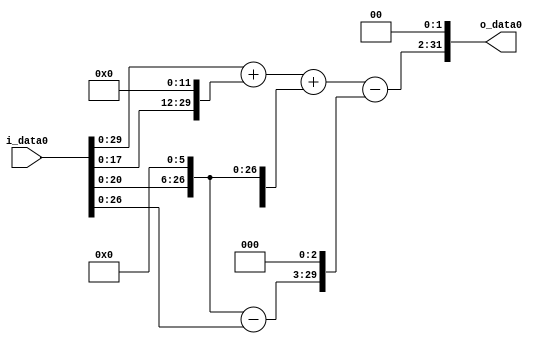
module multiplier_block_11 (
    i_data0,
    o_data0
);
  input   [31:0] i_data0;
  output  [31:0]
    o_data0;
  wire [31:0]
    w1,
    w64,
    w63,
    w4096,
    w4097,
    w4161,
    w504,
    w3657,
    w14628;
  assign w1 = i_data0;
  assign w14628 = w3657 << 2;
  assign w3657 = w4161 - w504;
  assign w4096 = w1 << 12;
  assign w4097 = w1 + w4096;
  assign w4161 = w4097 + w64;
  assign w504 = w63 << 3;
  assign w63 = w64 - w1;
  assign w64 = w1 << 6;
  assign o_data0 = w14628;
endmodule